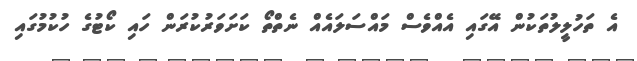
އެ ތަހުލީލުތަކުން އޭގައި އެއްވެސް މައްސަލައެއް ނެތްތޯ ކަށަވަރުކުރަން ހައި ކޯޓުގެ ހުކުމުގައި